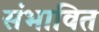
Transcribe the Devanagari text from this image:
संभावित